Madras plague regulations and rules for district municipalities and other towns and villages
Disease focus: Plague
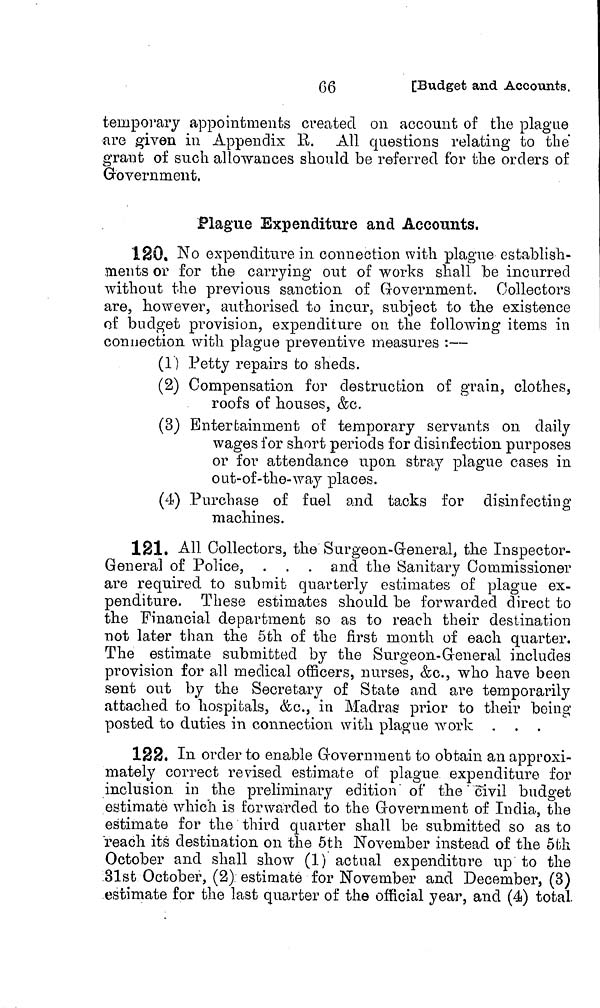
66
[Budget and Accounts.
temporary appointments created on account of the plague
are given in Appendix E. All questions relating to the
grant of such allowances should be referred for the orders o:
Government,
Plague Expenditure and Accounts.
120. No expenditure in connection with plague establish-
ments or for the carrying out of works shall be incurred
without the previous sanction of Government. Collectors
are, however, authorised to incur, subject to the existence
of budget provision, expenditure on the following items in
connection with plague preventive measures :—
(1 ) Petty repairs to sheds.
(2) Compensation for destruction of grain, clothes,
roofs of houses, &c.
(8) Entertainment of temporary servants on daily
wages for short periods for disinfection purposes
or for attendance upon stray plague cases in
out-of-the-way places.
(4) Purchase of fuel and tacks for disinfecting
machines.
121. All Collectors, the Surgeon-General, the Inspector-
General of Police, . . . and the Sanitary Commissioner
are required to submit quarterly estimates of plague ex-
penditure. These estimates should be forwarded direct to
the Financial department so as to reach their destination
not later than the 5th of the first month of each quarter.
The estimate submitted by the Surgeon-General includes
provision for all medical officers, nurses, &c., who have been
sent out by the Secretary of State and are temporarily
attached to hospitals, &c., in Madras prior to their being
posted to duties in connection with plague work .
122. In order to enable Government to obtain an approxi-
mately correct revised estimate of plague expenditure for
inclusion in the preliminary edition of the civil budget
estimate which is forwarded to the Government of India, the
estimate for the third quarter shall be submitted so as to
reach its destination on the 5th November instead of the 5th
October and shall show (1) actual expenditure up to the
81st October, (2) estimate for November and December, (3)
estimate for the last quarter of the official year, and (4) total.